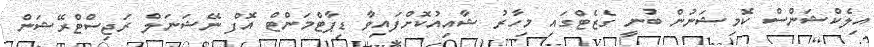
އިލެކްޝަންސް ކޮމިޝަނުން ބުނީ ގެޒެޓްގައި މިހާރު ޝާއިއުކޮށްފައިވާ ޑިޕާޓްމަންޓް އޮފް ނޭޝަނަލް ރަޖިސްޓްރޭޝަން